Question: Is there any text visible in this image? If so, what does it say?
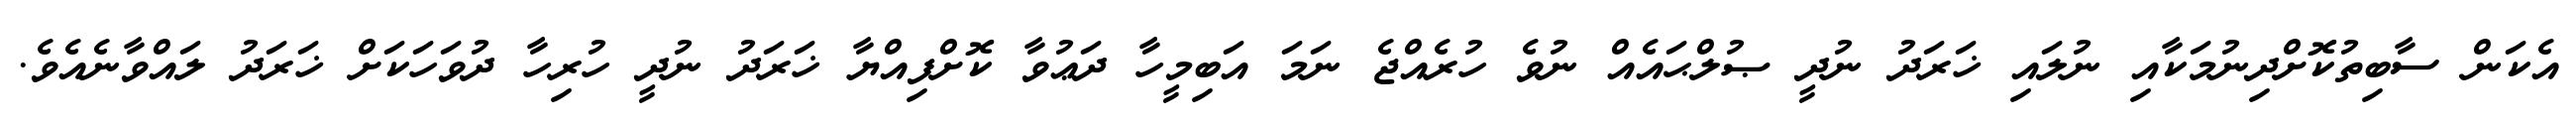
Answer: އެކަން ސާބިތުކޮށްދިނުމަކާއި ނުލައި ޚަރަދު ނުދީ ޞުލްޙައެއް ނުވެ ހުރެއްޖެ ނަމަ އަބިމީހާ ދަޢުވާ ކޮށްފިއްޔާ ޚަރަދު ނުދީ ހުރިހާ ދުވަހަކަށް ޚަރަދު ލައްވާނެއެވެ.